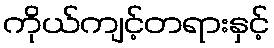
ကိုယ်ကျင့်တရားနှင့်